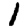
Digit: 1